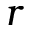
r